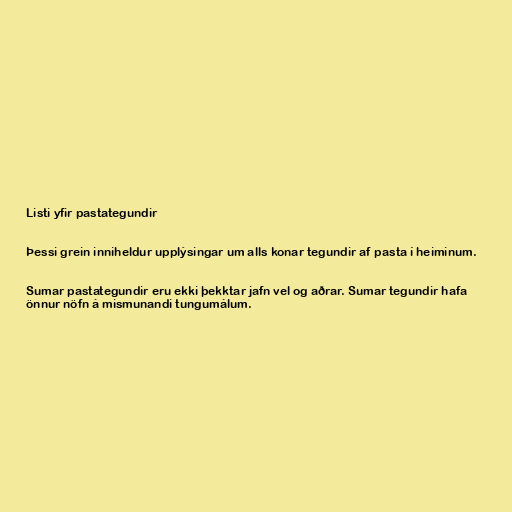
Listi yfir pastategundir

Þessi grein inniheldur upplýsingar um alls konar tegundir af pasta í heiminum.

Sumar pastategundir eru ekki þekktar jafn vel og aðrar. Sumar tegundir hafa
önnur nöfn á mismunandi tungumálum.